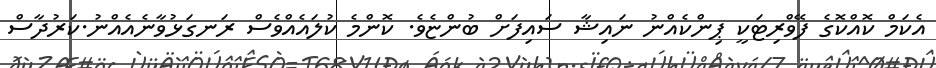
އެކަމް ކޮއްކޮގެ ފޭވްރިޓަކީ ޕިންކެއްނު ނައިޝާ ސައިފަށް ބުންޏެވެ. ކޮންމެ ކުލައެއްވެސް ރަނގަޅުވާނެއެއްނު.ކަރުދާސް